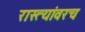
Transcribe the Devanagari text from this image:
रास्त्यांवरच